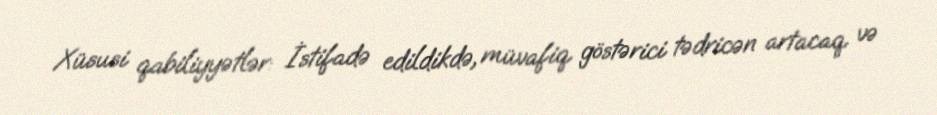
Xüsusi qabiliyyətlər: İstifadə edildikdə, müvafiq göstərici tədricən artacaq və